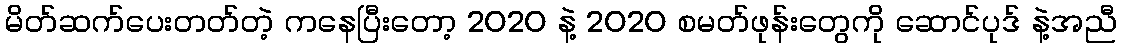
မိတ်ဆက်ပေးတတ်တဲ့ ကနေပြီးတော့ 2020 နဲ့ 2020 စမတ်ဖုန်းတွေကို ဆောင်ပုဒ် နဲ့အညီ